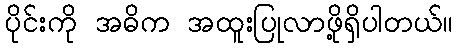
ပိုင်းကို အဓိက အထူးပြုလာဖို့ရှိပါတယ်။